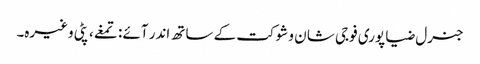
جنرل ضیا پوری فوجی شا ن و شوکت کے ساتھ اندر آئے : تمغے، پٹی وغیرہ۔